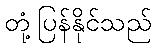
တုံ့ပြန်နိုင်သည်